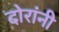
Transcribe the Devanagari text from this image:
दोरांनी